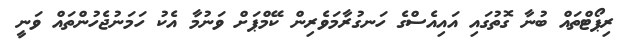
ރިޕޯޓްތައް ބުނާ ގޮތުގައި އައިއެސްގެ ހަނގުރާމަވެރިން ކޭމްޕަށް ވަނުމާ އެކު ހަމަނުޖެހުންތައް ވަނީ